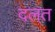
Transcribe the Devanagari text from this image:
दलत